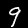
Digit: 9